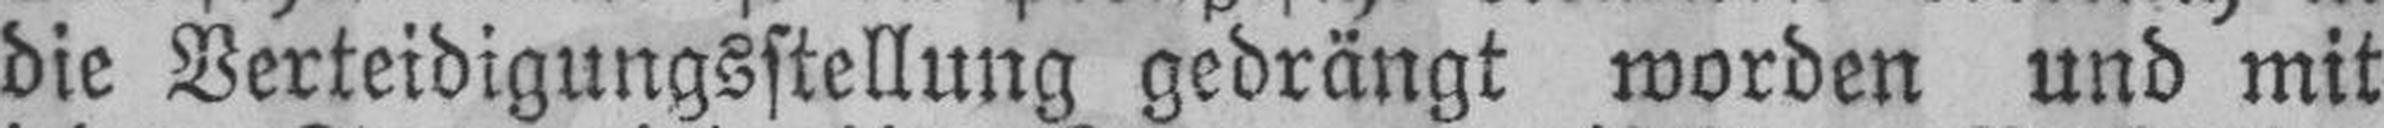
die Verteidigungsstellung gedrängt worden und mit